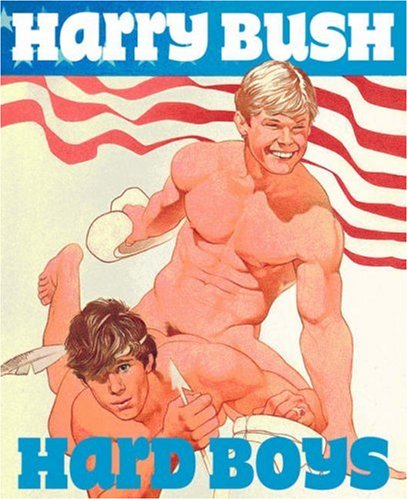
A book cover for Hard Boys; Harry Bush; Arts & Photography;